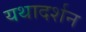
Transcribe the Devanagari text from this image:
यथादर्शन